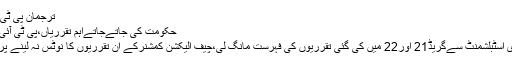
ترجمان پی ٹی آئی فواد چوہدری کا خط
حکومت کی جاتےجاتےاہم تقرریاں،پی ٹی آئی کا الیکشن کمیشن کوخط
پی ٹی آئی نے سیکریٹری اسٹبلشمنٹ سےگریڈ21 اور22 میں کی گئی تقرریوں کی فہرست مانگ لی،چیف الیکشن کمشنرکے ان تقرریوں کا نوٹس نہ لینے پرمایوسی کا اظہارکیا گیا۔